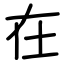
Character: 在